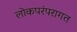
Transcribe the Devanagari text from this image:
लोकपरंपरागत